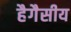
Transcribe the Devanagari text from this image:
हैगैसीय